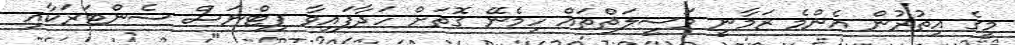
މީގެ އިތުރުން އެންމެ ޒަމާނީ ވަސީލަތްތައް ހިމެނޭ ގޮތަށް ހަދާފައިވާ ފިޓްނަސް ސެންޓަރަކާއި